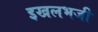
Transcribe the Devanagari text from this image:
इखलभजी